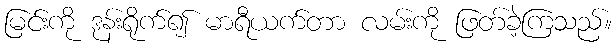
မြင်းကို ဒုန်းရိုက်၍ မာရီယက်တာ လမ်းကို ဖြတ်ခဲ့ကြသည်။